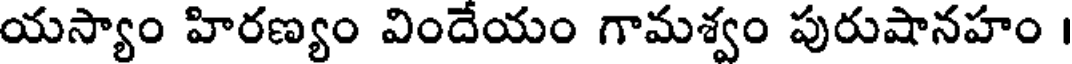
యస్యాం హిరణ్యం విందేయం గామశ్వం పురుషానహం